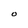
Character: O